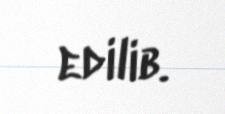
edilib.